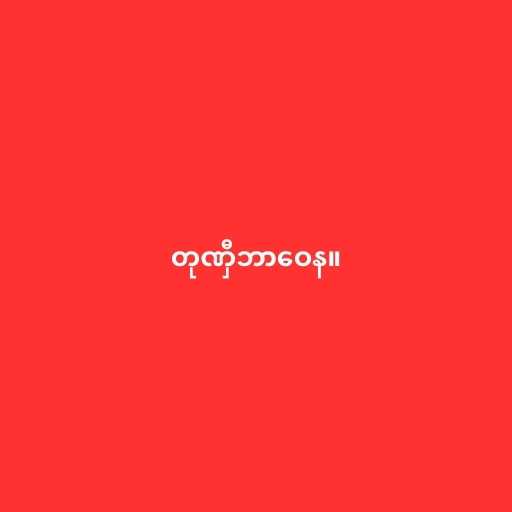
တုဏှီဘာဝေန။